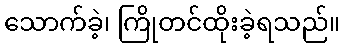
သောက်ခဲ့၊ ကြိုတင်ထိုးခဲ့ရသည်။